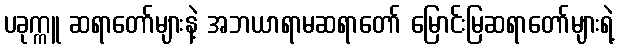
ပခုက္ကူ ဆရာတော်များနဲ့ အဘယာရာမဆရာတော် မြောင်းမြဆရာတော်များရဲ့